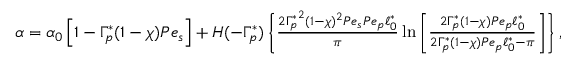
\begin{array} { r } { \alpha = \alpha _ { 0 } \left[ 1 - \Gamma _ { p } ^ { \ast } ( 1 - \chi ) P e _ { s } \right] + H ( - \Gamma _ { p } ^ { \ast } ) \left\{ \frac { { 2 \Gamma _ { p } ^ { \ast } } ^ { 2 } ( 1 - \chi ) ^ { 2 } P e _ { s } P e _ { p } \ell _ { 0 } ^ { \ast } } { \pi } \ln \left[ \frac { 2 \Gamma _ { p } ^ { \ast } ( 1 - \chi ) P e _ { p } \ell _ { 0 } ^ { \ast } } { 2 \Gamma _ { p } ^ { \ast } ( 1 - \chi ) P e _ { p } \ell _ { 0 } ^ { \ast } - \pi } \right] \right\} , } \end{array}